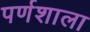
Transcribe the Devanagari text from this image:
पर्णशाला